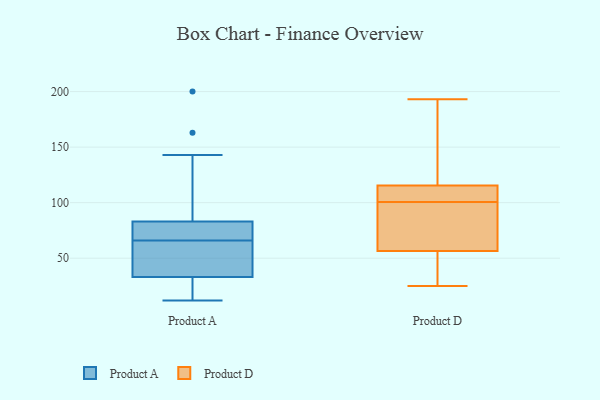
{"axis": {"x": "Conversion Rate (%)", "y": "Value"}, "legend": ["Product A", "Product D"], "data": [{"x": "", "y": 143, "type": "Product A"}, {"x": "", "y": 37, "type": "Product A"}, {"x": "", "y": 31, "type": "Product A"}, {"x": "", "y": 83, "type": "Product A"}, {"x": "", "y": 83, "type": "Product A"}, {"x": "", "y": 74, "type": "Product A"}, {"x": "", "y": 61, "type": "Product A"}, {"x": "", "y": 42, "type": "Product A"}, {"x": "", "y": 33, "type": "Product A"}, {"x": "", "y": 17, "type": "Product A"}, {"x": "", "y": 79, "type": "Product A"}, {"x": "", "y": 200, "type": "Product A"}, {"x": "", "y": 71, "type": "Product A"}, {"x": "", "y": 74, "type": "Product A"}, {"x": "", "y": 46, "type": "Product A"}, {"x": "", "y": 33, "type": "Product A"}, {"x": "", "y": 12, "type": "Product A"}, {"x": "", "y": 142, "type": "Product A"}, {"x": "", "y": 163, "type": "Product A"}, {"x": "", "y": 17, "type": "Product A"}, {"x": "", "y": 86, "type": "Product D"}, {"x": "", "y": 110, "type": "Product D"}, {"x": "", "y": 52, "type": "Product D"}, {"x": "", "y": 25, "type": "Product D"}, {"x": "", "y": 115, "type": "Product D"}, {"x": "", "y": 91, "type": "Product D"}, {"x": "", "y": 152, "type": "Product D"}, {"x": "", "y": 193, "type": "Product D"}, {"x": "", "y": 116, "type": "Product D"}, {"x": "", "y": 29, "type": "Product D"}, {"x": "", "y": 110, "type": "Product D"}, {"x": "", "y": 61, "type": "Product D"}]}